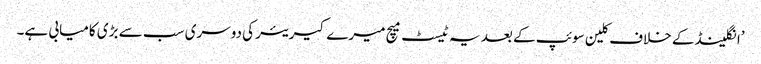
’انگلینڈ کے خلاف کلین سوئپ کے بعد یہ ٹیسٹ میچ میرے کیریئر کی دوسری سب سے بڑی کامیابی ہے۔